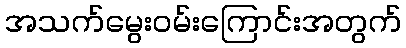
အသက်မွေးဝမ်းကြောင်းအတွက်